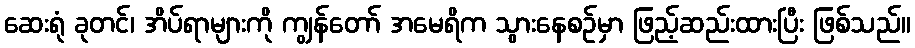
ဆေးရုံ ခုတင်၊ အိပ်ရာများကို ကျွန်တော် အမေရိက သွားနေစဉ်မှာ ဖြည့်ဆည်းထားပြီး ဖြစ်သည်။